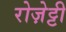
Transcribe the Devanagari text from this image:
रोज़ेट्टी